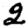
Digit: 2